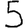
Digit: 5